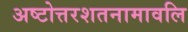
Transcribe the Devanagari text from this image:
अष्टोत्तरशतनामावलि